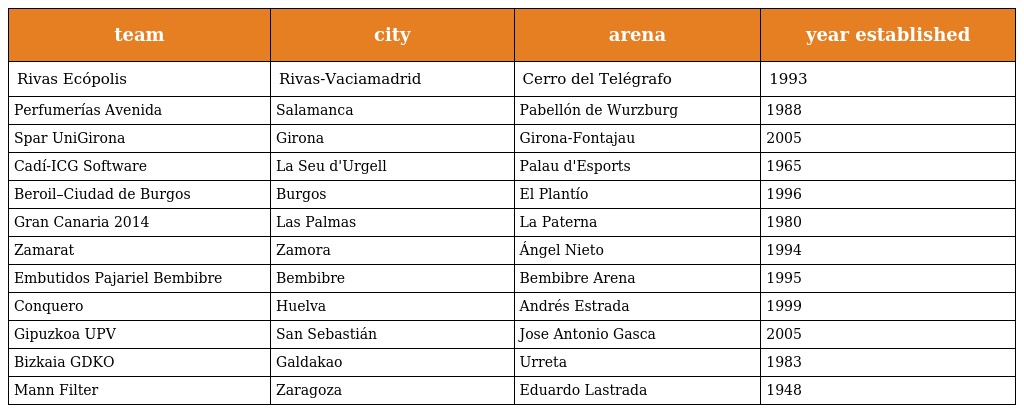
| team | city | arena | year established |
 | --- | --- | --- | --- |
 | Rivas Ecópolis | Rivas-Vaciamadrid | Cerro del Telégrafo | 1993 |
 | Perfumerías Avenida | Salamanca | Pabellón de Wurzburg | 1988 |
 | Spar UniGirona | Girona | Girona-Fontajau | 2005 |
 | Cadí-ICG Software | La Seu d'Urgell | Palau d'Esports | 1965 |
 | Beroil–Ciudad de Burgos | Burgos | El Plantío | 1996 |
 | Gran Canaria 2014 | Las Palmas | La Paterna | 1980 |
 | Zamarat | Zamora | Ángel Nieto | 1994 |
 | Embutidos Pajariel Bembibre | Bembibre | Bembibre Arena | 1995 |
 | Conquero | Huelva | Andrés Estrada | 1999 |
 | Gipuzkoa UPV | San Sebastián | Jose Antonio Gasca | 2005 |
 | Bizkaia GDKO | Galdakao | Urreta | 1983 |
 | Mann Filter | Zaragoza | Eduardo Lastrada | 1948 |